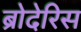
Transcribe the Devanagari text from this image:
ब्रोदेरिस